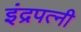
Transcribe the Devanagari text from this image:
इंद्रपत्‍नी